NAE_ERA_R-2324_Eesti_Vabariigi_Pohiseaduslik_Assamblee, lk 142
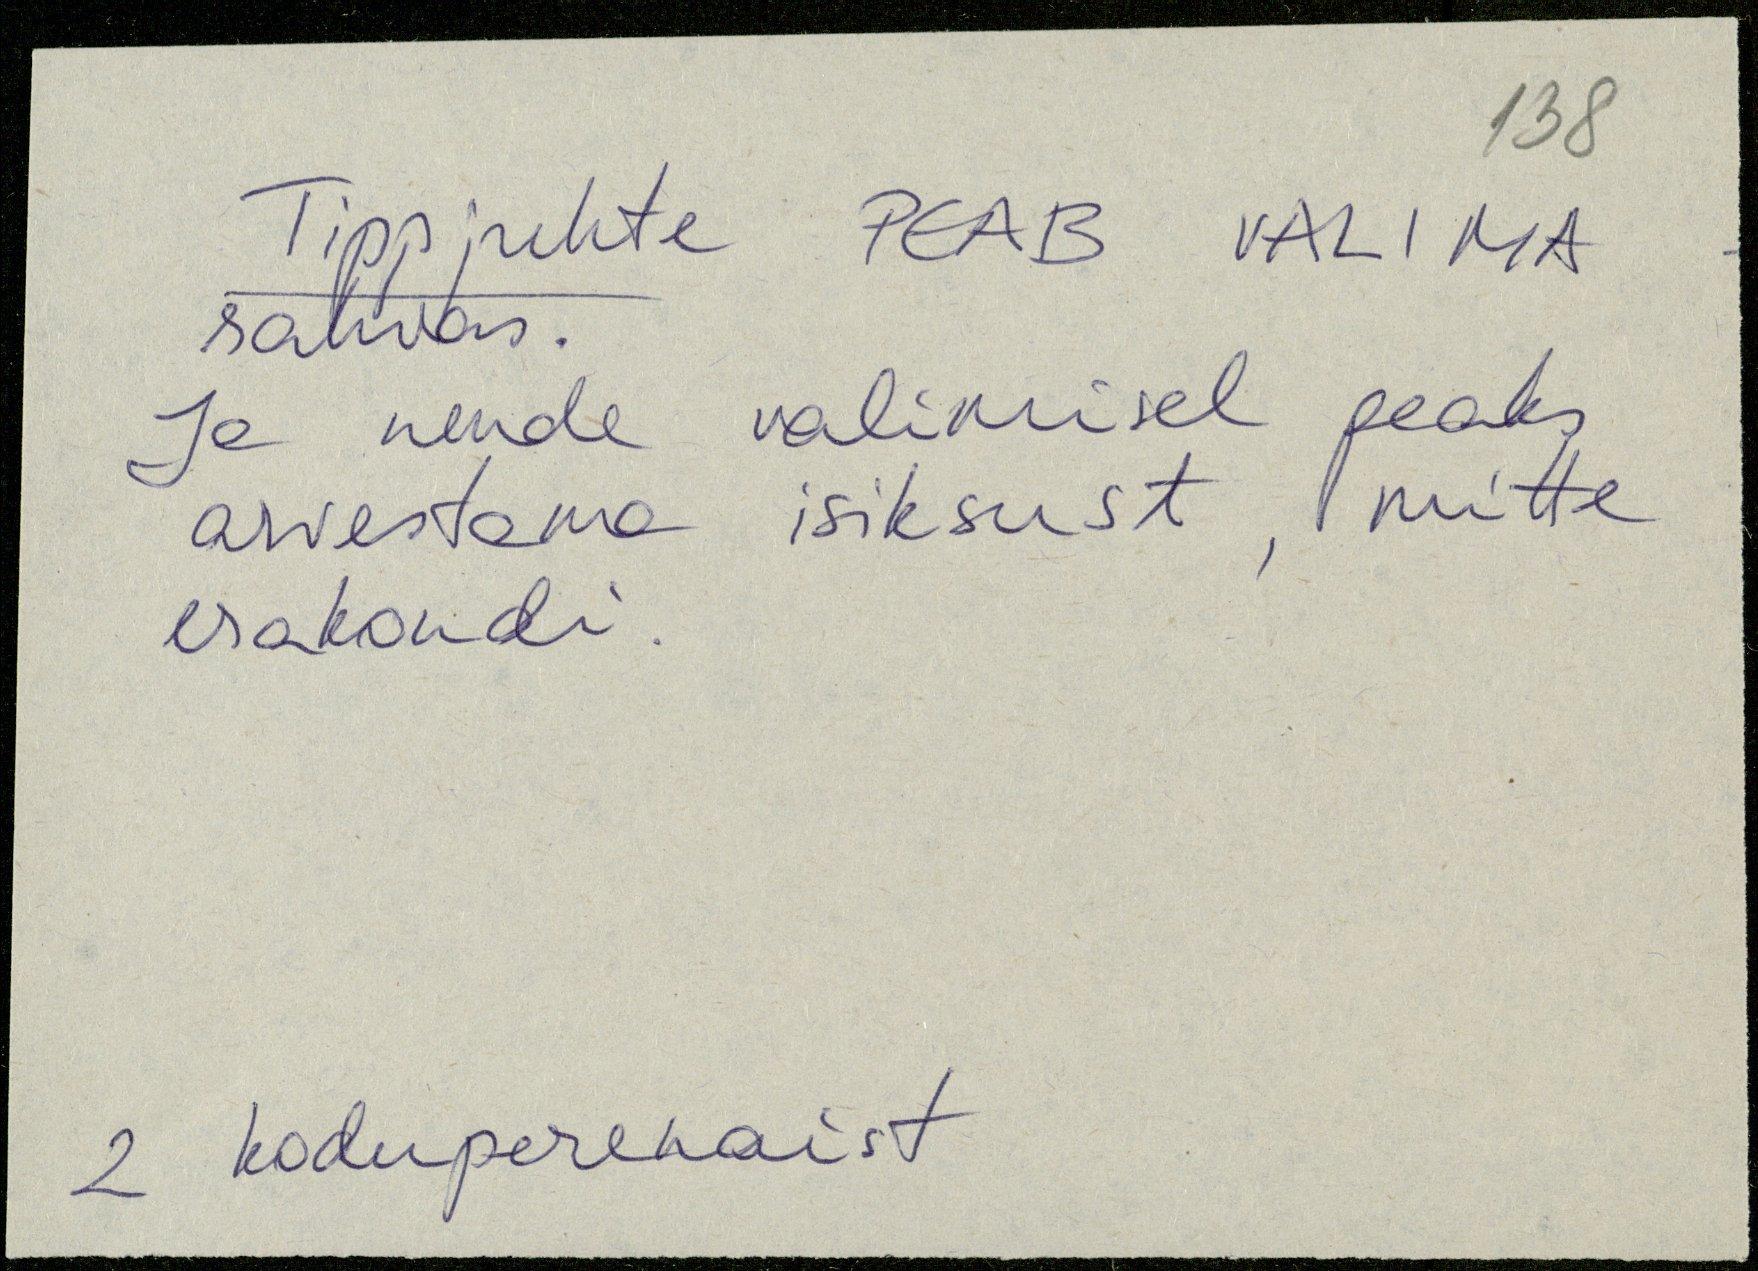
Tippjuhte PEAB VALIMA
rahvas.
Ja nende valimisel peaks
arvestama isiksust, mitte
erakondi.
2 koduperenaist